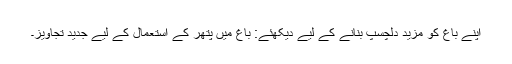
اپنے باغ کو مزید دلچسپ بنانے کے لیے دیکھئے: باغ میں پتھر کے استعمال کے لیے جدید تجاویز۔